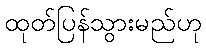
ထုတ်ပြန်သွားမည်ဟု